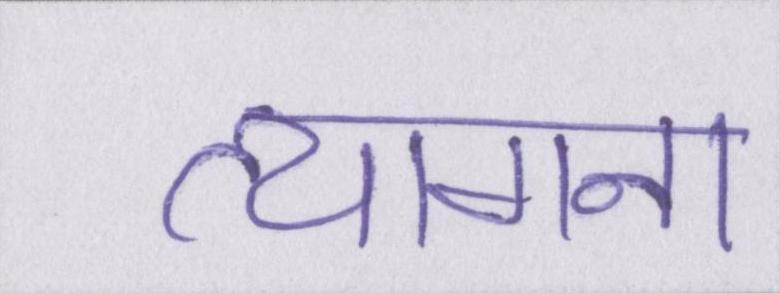
त्यागना